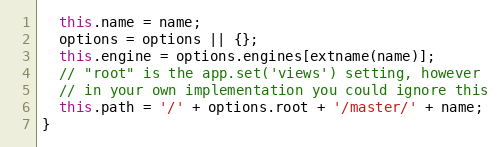
Language: JavaScript
  this.name = name;
  options = options || {};
  this.engine = options.engines[extname(name)];
  // "root" is the app.set('views') setting, however
  // in your own implementation you could ignore this
  this.path = '/' + options.root + '/master/' + name;
}